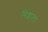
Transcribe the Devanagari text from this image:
बिज्जाला